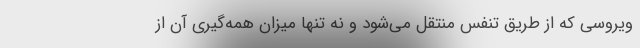
ویروسی که از طریق تنفس منتقل می‌شود و نه تنها میزان همه‌گیری آن از